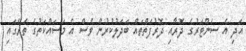
އަދި އެ ސެންޓަރުގެ ދޮރާއި ދޮރުފަތްތައް ބަދަލުކުރުން ވެސް އެ މަސައްކަތުގެ ތެރޭގައި